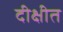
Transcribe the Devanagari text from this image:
दीक्षीत